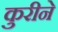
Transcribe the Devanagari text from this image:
कुरीने